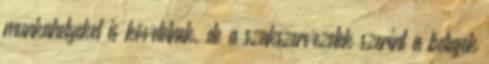
munkahelyeket is követelnek, de a szakszervezetek szerint a betegek